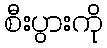
စီးပွားကို